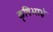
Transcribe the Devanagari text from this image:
कृषिभाई